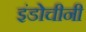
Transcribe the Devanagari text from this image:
इंडोचीनी